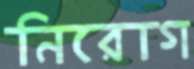
নিরোগ